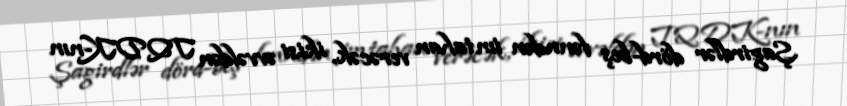
Şagirdlər dörd-beş fənndən imtahan verəcək, ikisi əvvəldən TQDK-nın